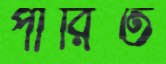
পীরিত